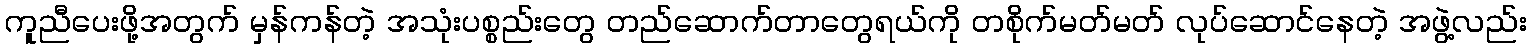
ကူညီပေးဖို့အတွက် မှန်ကန်တဲ့ အသုံးပစ္စည်းတွေ တည်ဆောက်တာတွေရယ်ကို တစိုက်မတ်မတ် လုပ်ဆောင်နေတဲ့ အဖွဲ့လည်း